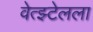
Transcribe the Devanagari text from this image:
वेत्झ्टेलला